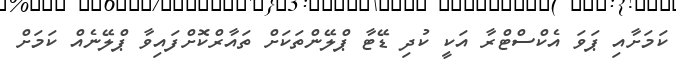
ކަމަށާއި ޕަވަ އެކްސްޓްރާ އަކީ ކުދި ޑޭޓާ ޕްލޭންތަކަށް ތައާރްކޮށްފައިވާ ޕްލޭނެއް ކަމަށް